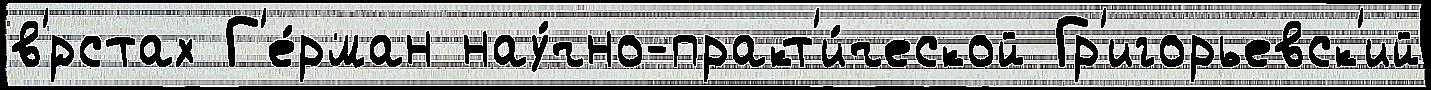
в'́рстах Г'е́рман нау́чно-практ'и́ческой Гр'игорьевск'ий